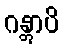
ဂန္တွာပိ